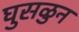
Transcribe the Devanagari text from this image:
घुसळुन